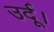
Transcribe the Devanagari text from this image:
उर्दू।